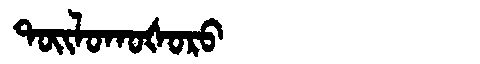
Manchu: ᡨᠣᡳᠯᠣᡴᠣᡧᠣᡵᠣ
Romanization: TOILOKOŠORO